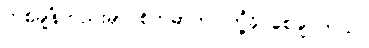
တစ်ချိန်တည်းမှာ စိတ်ဓာတ် ကြံ့ခိုင်စေချင်တယ်။